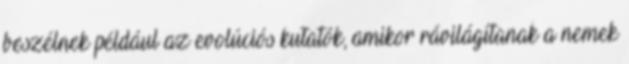
beszélnek például az evolúciós kutatók, amikor rávilágítanak a nemek